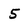
Character: 5